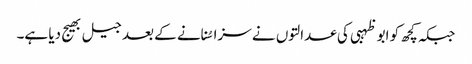
جبکہ کچھ کو ابو ظہبی کی عدالتوں نے سزا سُنانے کے بعد جیل بھیج دیا ہے۔